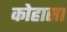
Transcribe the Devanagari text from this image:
कोहासा